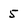
Character: 5